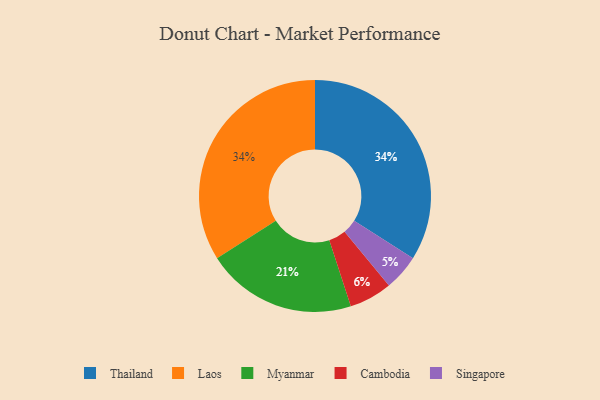
{"axis": {"x": "Category", "y": "Percentage"}, "legend": ["Cambodia", "Laos", "Myanmar", "Singapore", "Thailand"], "data": [{"x": "Cambodia", "y": 6, "type": "Cambodia"}, {"x": "Thailand", "y": 34, "type": "Thailand"}, {"x": "Myanmar", "y": 21, "type": "Myanmar"}, {"x": "Laos", "y": 34, "type": "Laos"}, {"x": "Singapore", "y": 5, "type": "Singapore"}]}